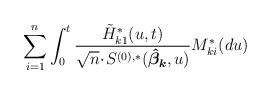
LaTeX: \begin{align*}\sum_{i=1}^n \int_0^t \frac{\tilde{H}_{k1}^*(u, t)}{\sqrt{n} \!\cdot\! S^{(0), *}(\boldsymbol{\hat{\beta}_k}, u)} M_{ki}^*(du)\end{align*}